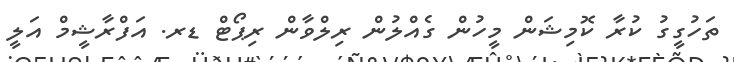
ތަހުގީގު ކުރާ ކޮމިޝަން މީހުން ގެއްލުން ރިލްވާން ރިޕޯޓް ޑރ. އަފްރާޝީމް އަލީ